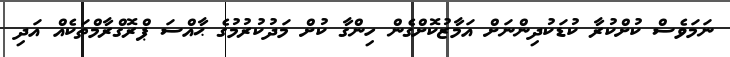
ނަމަވެސް ކުށްކުރާ ކުޑަކުދިންނަށް އަމާޒުކޮށްގެން ހިންގާ ކުށް މަދުކުރުމުގެ ޙާއްސަ ޕްރޮގްރާމްތަކެއް އަދި